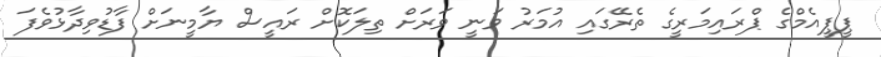
ޕީޕީއެމްގެ ޕްރައިމަރީގެ ތެރޭގައި އުމަރު ވަނީ ވަރަށް ތިލަކޮށް ރައީސް ޔާމީނަށް ފާޑުވިދާޅުވެފަ